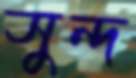
সুন্দ